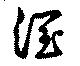
潤